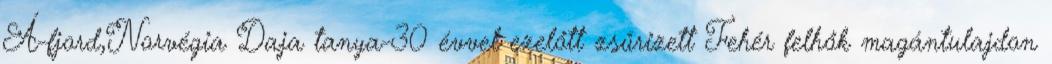
Á-fjord,Norvégia Daja tanya-30 évvel ezelőtt zsűrizett Fehér felhők magántulajdon